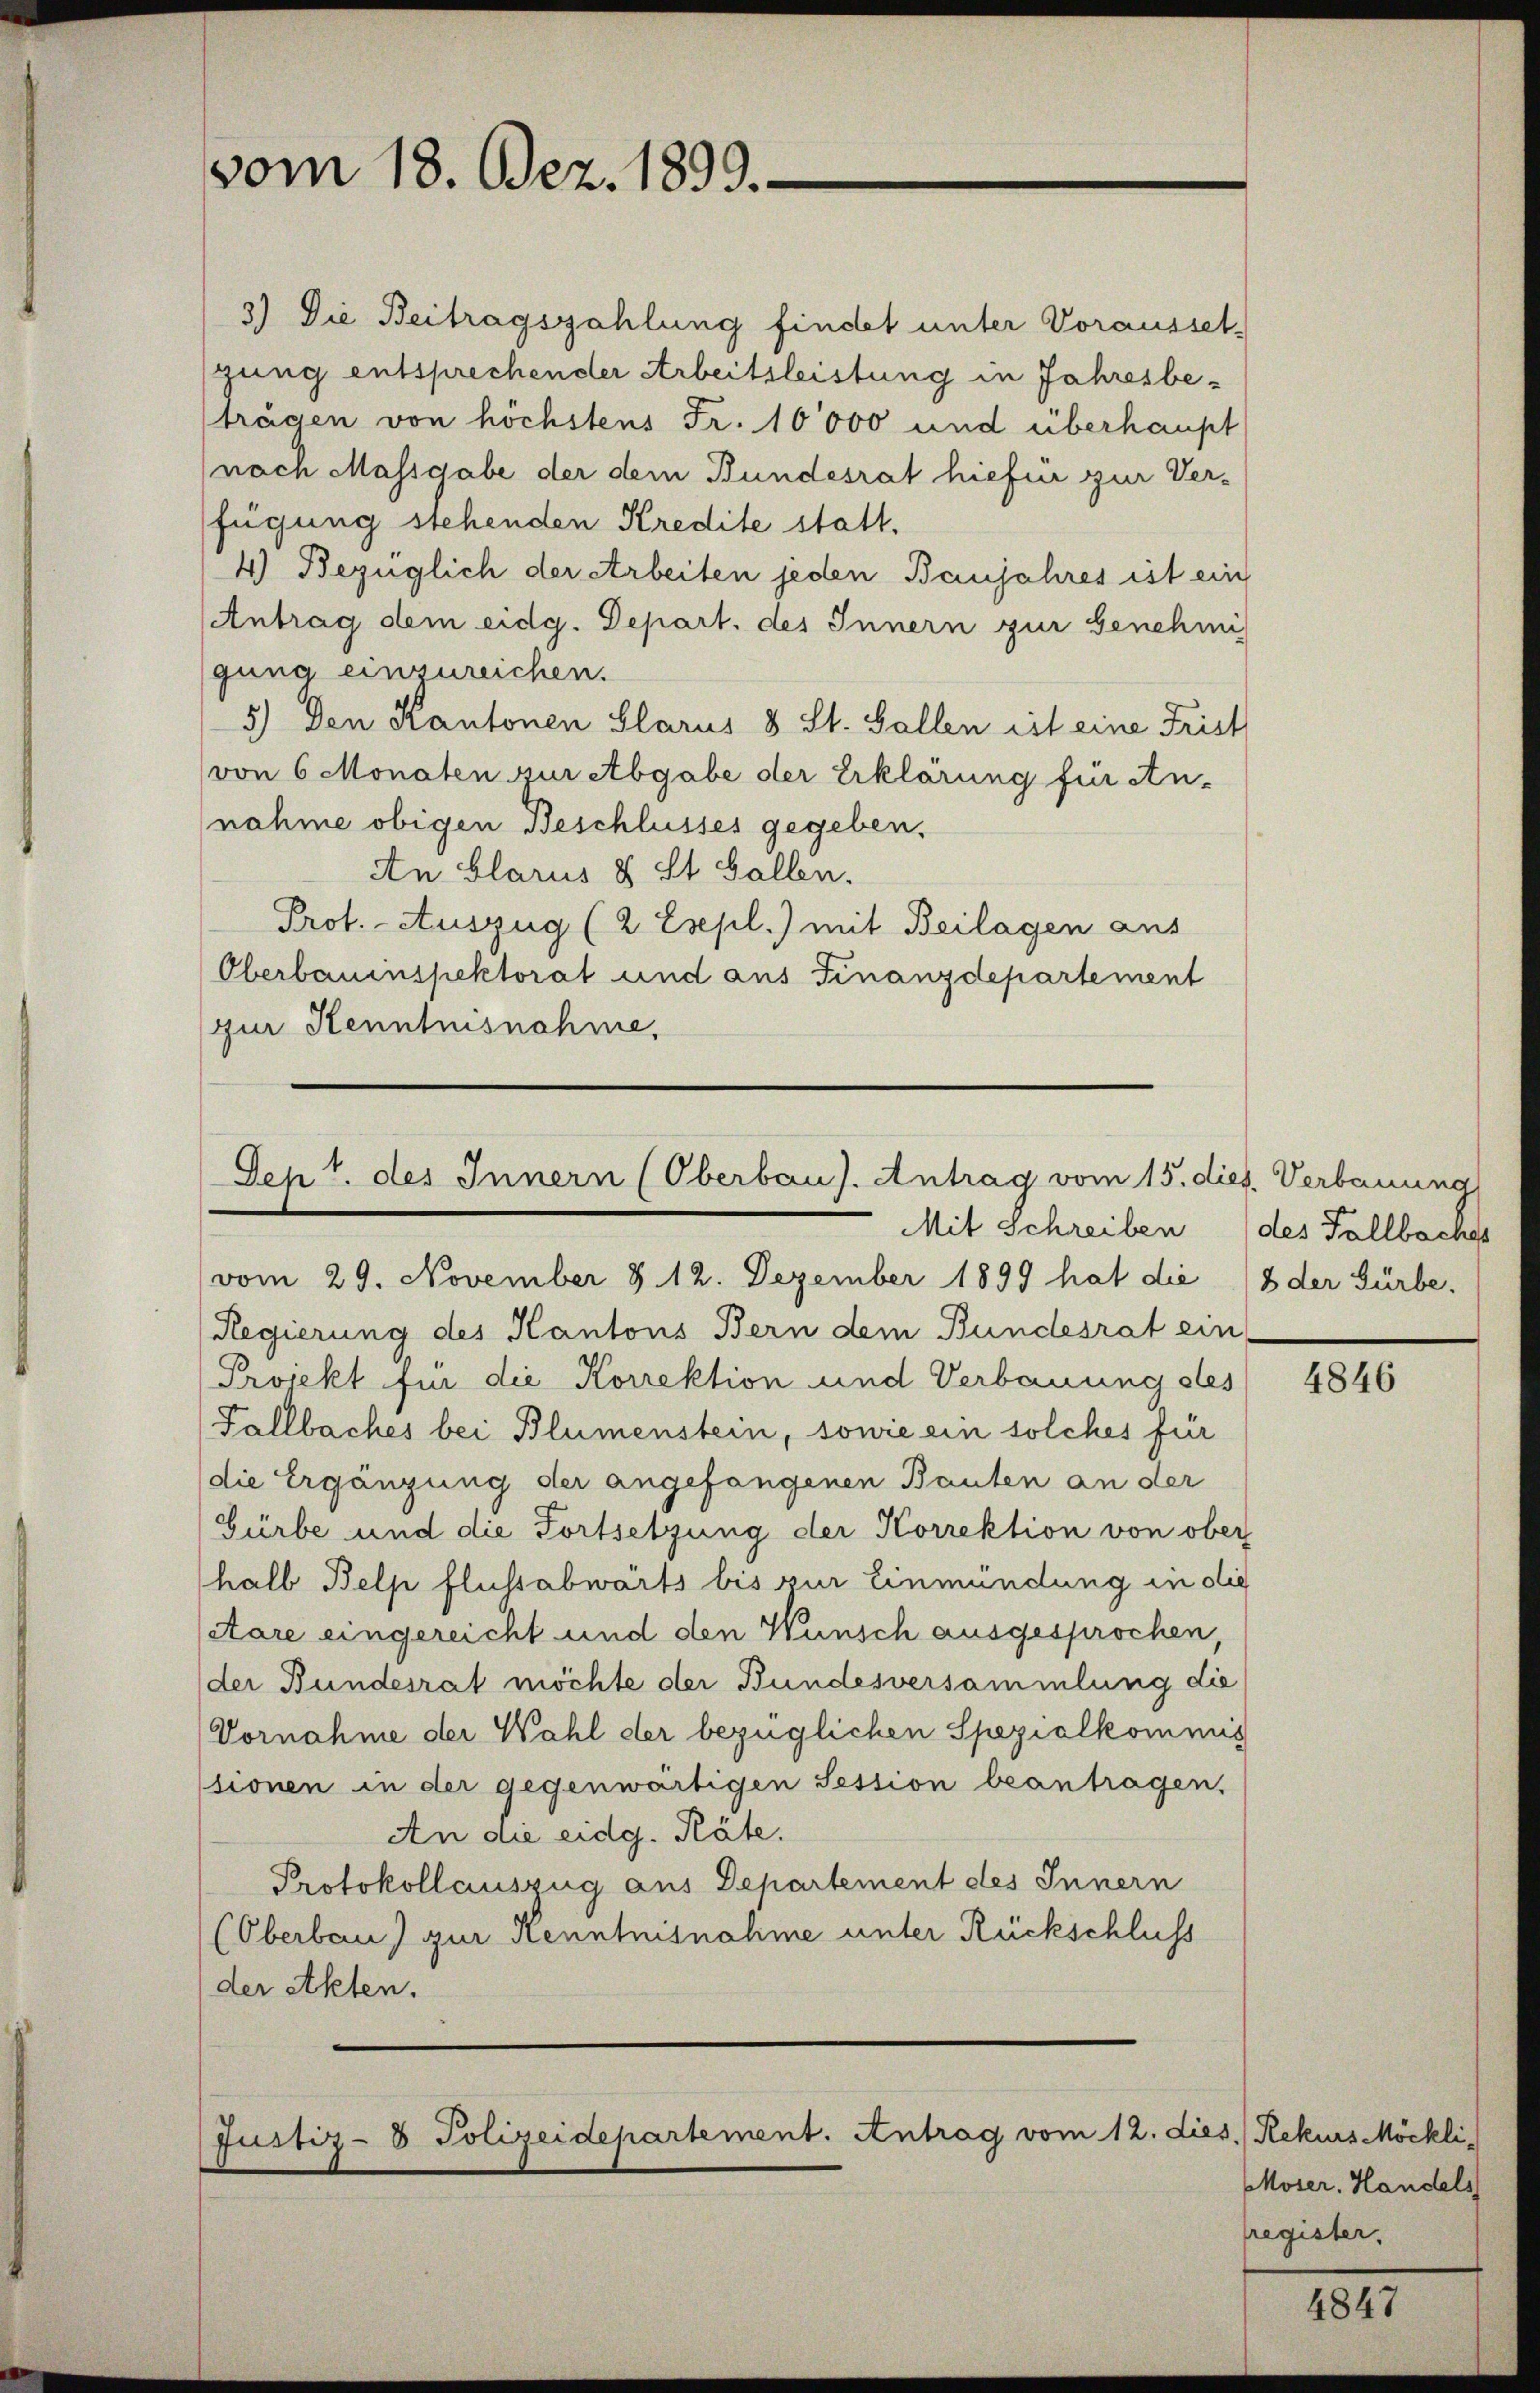
vom 18. Dez. 1899.

Den 7. des Innern (Oberbaus. Antrag vom 15. dies. Verbauung
Mit Schreiben

3) Die Beitragszahlung findet unter Vorausset-
gung entsprechender Arbeitsleistung in Jahresbeträgen von höchstens Fr. 10000 und überhaupt
(nach Massgabe der dem Bundesrat hiefür zur Verfügung stehenden Kredite statt.
4) Bezüglich der Arbeiten jeden Banjahres ist ein
Antrag dem eidg. Depart. des Innern zur Genehmi
gung einzureichen.
5) Den Kantonen Glarus 8 St. Gallen ist eine Frist
von 6 Monaten zur Abgabe der Erklärung für stu-
nahme obigen Beschlusses gegeben.
An Glarus 8 St. Gallen.
Prot. Auszug (2 Esepl.) mit Beilagen aus
Oberbauinspektorat und aus Finanzdepartement
zur Kenntnisnahme,

vom 29. November § 12. Dezember 1899 hat die (8 der Gürbe,
Regierung des Kantons Bern dem Bundesrat ein
Projekt für die Korrektion und Verbauung stes
Fallbaches bei Blumenstein, sowie ein solches für
(die Ergänzung der angefangenen Bauten an der
Gürbe und die Fortsetzung der Korrektion von ober
halb Belp flussabwärts bis zur Einmündung in die
atare eingereicht und den Wunsch ausgesprochen,
der Bundesrat möchte der Bundesversammlung die
Vornahme der Wahl der bezüglichen Spezialkommis
ssionen in der gegenwärtigen Session beantragen,
An die eidg. Räte.
Protokollauszug aus Departement des Innern
(Oberbau) zur Kenntnisnahme unter Rückschluss
der Akten.

Justiz-8 Polizeidepartement. Antrag vom 12. dies Rekurs Möckli

des Fallbache

4846

Moser. Handels
lregister,

181